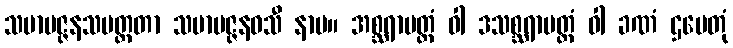
သမာပဇ္ဇနသမတ္ထတာ သမာပဇ္ဇနဝသီ နာမ။ အစ္ဆရာမတ္တံ ဝါ ဒသစ္ဆရာမတ္တံ ဝါ ခဏံ ဌပေတုံ